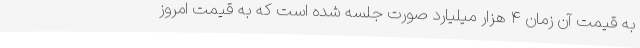
به قیمت آن زمان ۴ هزار میلیارد صورت جلسه شده است که به قیمت امروز